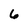
Character: 6